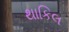
થાકિલ